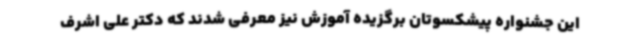
این جشنواره پیشکسوتان برگزیده آموزش نیز معرفی شدند که دکتر علی اشرف